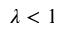
\lambda < 1